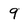
Character: 9